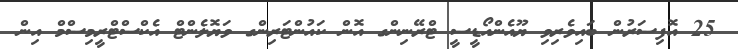
25 އޮފިސަރުން ބައިވެރިވި ޔޫއެންއޯޑީސީ ޓްރޭނިންގ އޮން ކައުންޓަރިންގ ވަޔޮލެންޓް އެކްސްޓްރީމިސްމް އިން